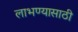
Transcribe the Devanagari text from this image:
लाभण्यासाठी